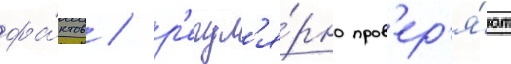
фа́ктов / р'егул'я́рно пров'ер'я́ют